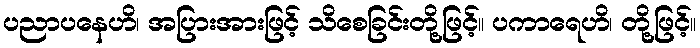
ပညာပနေဟိ၊ အပြားအားဖြင့် သိစေခြင်းတို့ဖြင့်။ ပကာရေဟိ၊ တို့ဖြင့်။